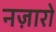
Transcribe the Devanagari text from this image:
नज़ारो